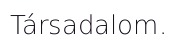
Társadalom.